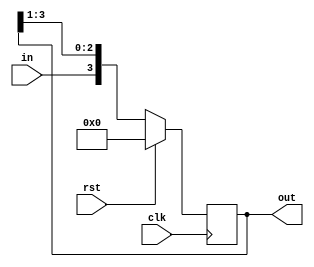
module sipov(clk,rst,in,out);
input clk,rst,in;
output [3:0]out;
reg [3:0]temp;
always@(posedge clk)
begin
if(rst)
temp<=4'b0000;
else begin
temp<={in,temp[3:1]};
end
end

assign out=temp;
endmodule